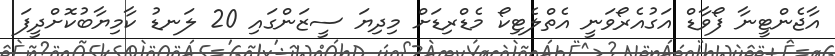
އާޖެންޓީނާ ފޯވާޑް އަގުއެރޯވަނީ އެތްލެޓިކޯ މެޑްރިޑަށް މިދިޔަ ސީޒަންގައި 20 ލަނޑު ކާމިޔާބުކޮށްދީފަ